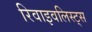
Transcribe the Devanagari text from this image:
रिवाइवलिस्ट्स